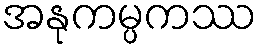
အနုကမ္ပကဿ